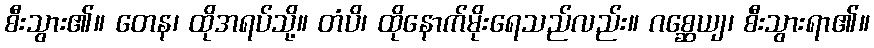
စီးသွား၏။ တေန၊ ထိုအရပ်သို့။ တံပိ၊ ထိုနောက်မိုးရေသည်လည်း။ ဂစ္ဆေယျ၊ စီးသွားရာ၏။